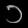
Digit: ၁